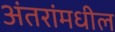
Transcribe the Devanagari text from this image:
अंतरांमधील